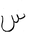
Letter: _sin